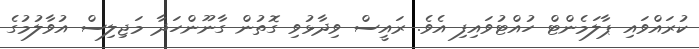
ކުރައްވައި ޕާލަމެންޓް ހުއްޓުވައިފި އެވެ. ރައީސް ވިދާޅުވި ގޮތުން ގާނޫންހަދާ މަޖިލިސް އުވާލުމުގެ